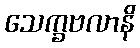
သေက္ခဗလာနိ